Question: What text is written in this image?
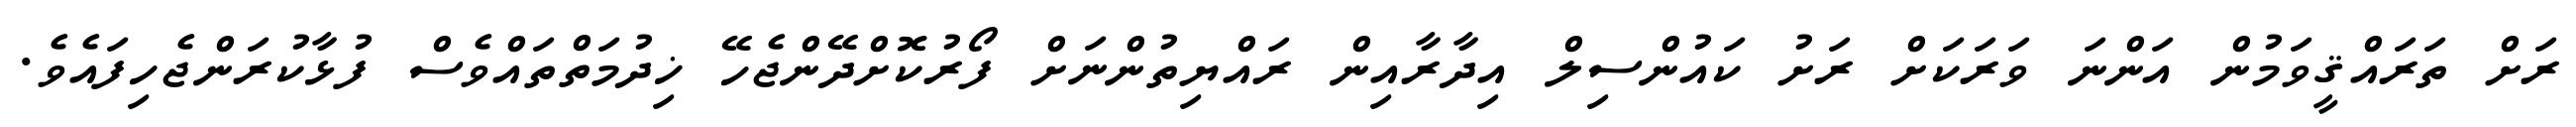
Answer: ރަށް ތަރައްޤީވަމުން އަންނަ ވަރަކަށް ރަށު ކައުންސިލް އިދާރާއިން ރައްޔިތުންނަށް ފޯރުކޮށްދޭންޖެހޭ ޚިދުމަތްތައްވެސް ފުޅާކުރަންޖެހިފައެވެ.